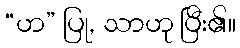
“ဟ” ပြု, သာဟု ပြီး၏။